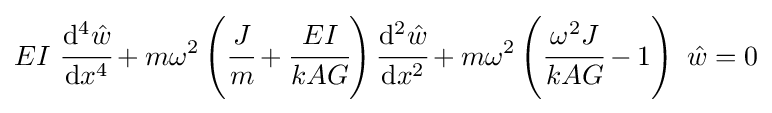
EI~{\cfrac {\mathrm {d} ^{4}{\hat {w}}}{\mathrm {d} x^{4}}}+m\omega ^{2}\left({\cfrac {J}{m}}+{\cfrac {EI}{kAG}}\right){\cfrac {\mathrm {d} ^{2}{\hat {w}}}{\mathrm {d} x^{2}}}+m\omega ^{2}\left({\cfrac {\omega ^{2}J}{kAG}}-1\right)~{\hat {w}}=0